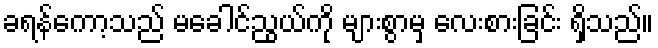
ခရန်ကော့သည် မခေါင်ညွယ်ကို များစွာမှ လေးစားခြင်း ရှိသည်။